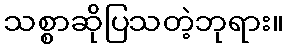
သစ္စာဆိုပြသတဲ့ဘုရား။